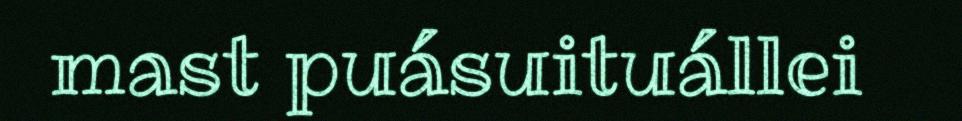
mast puásuituállei